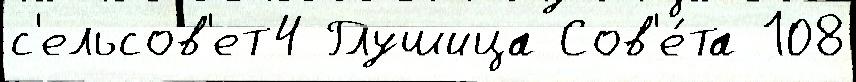
с'ельсов'ет4 Глушица Сов'е́та 108